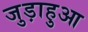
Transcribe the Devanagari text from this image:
जुड़ाहुआ